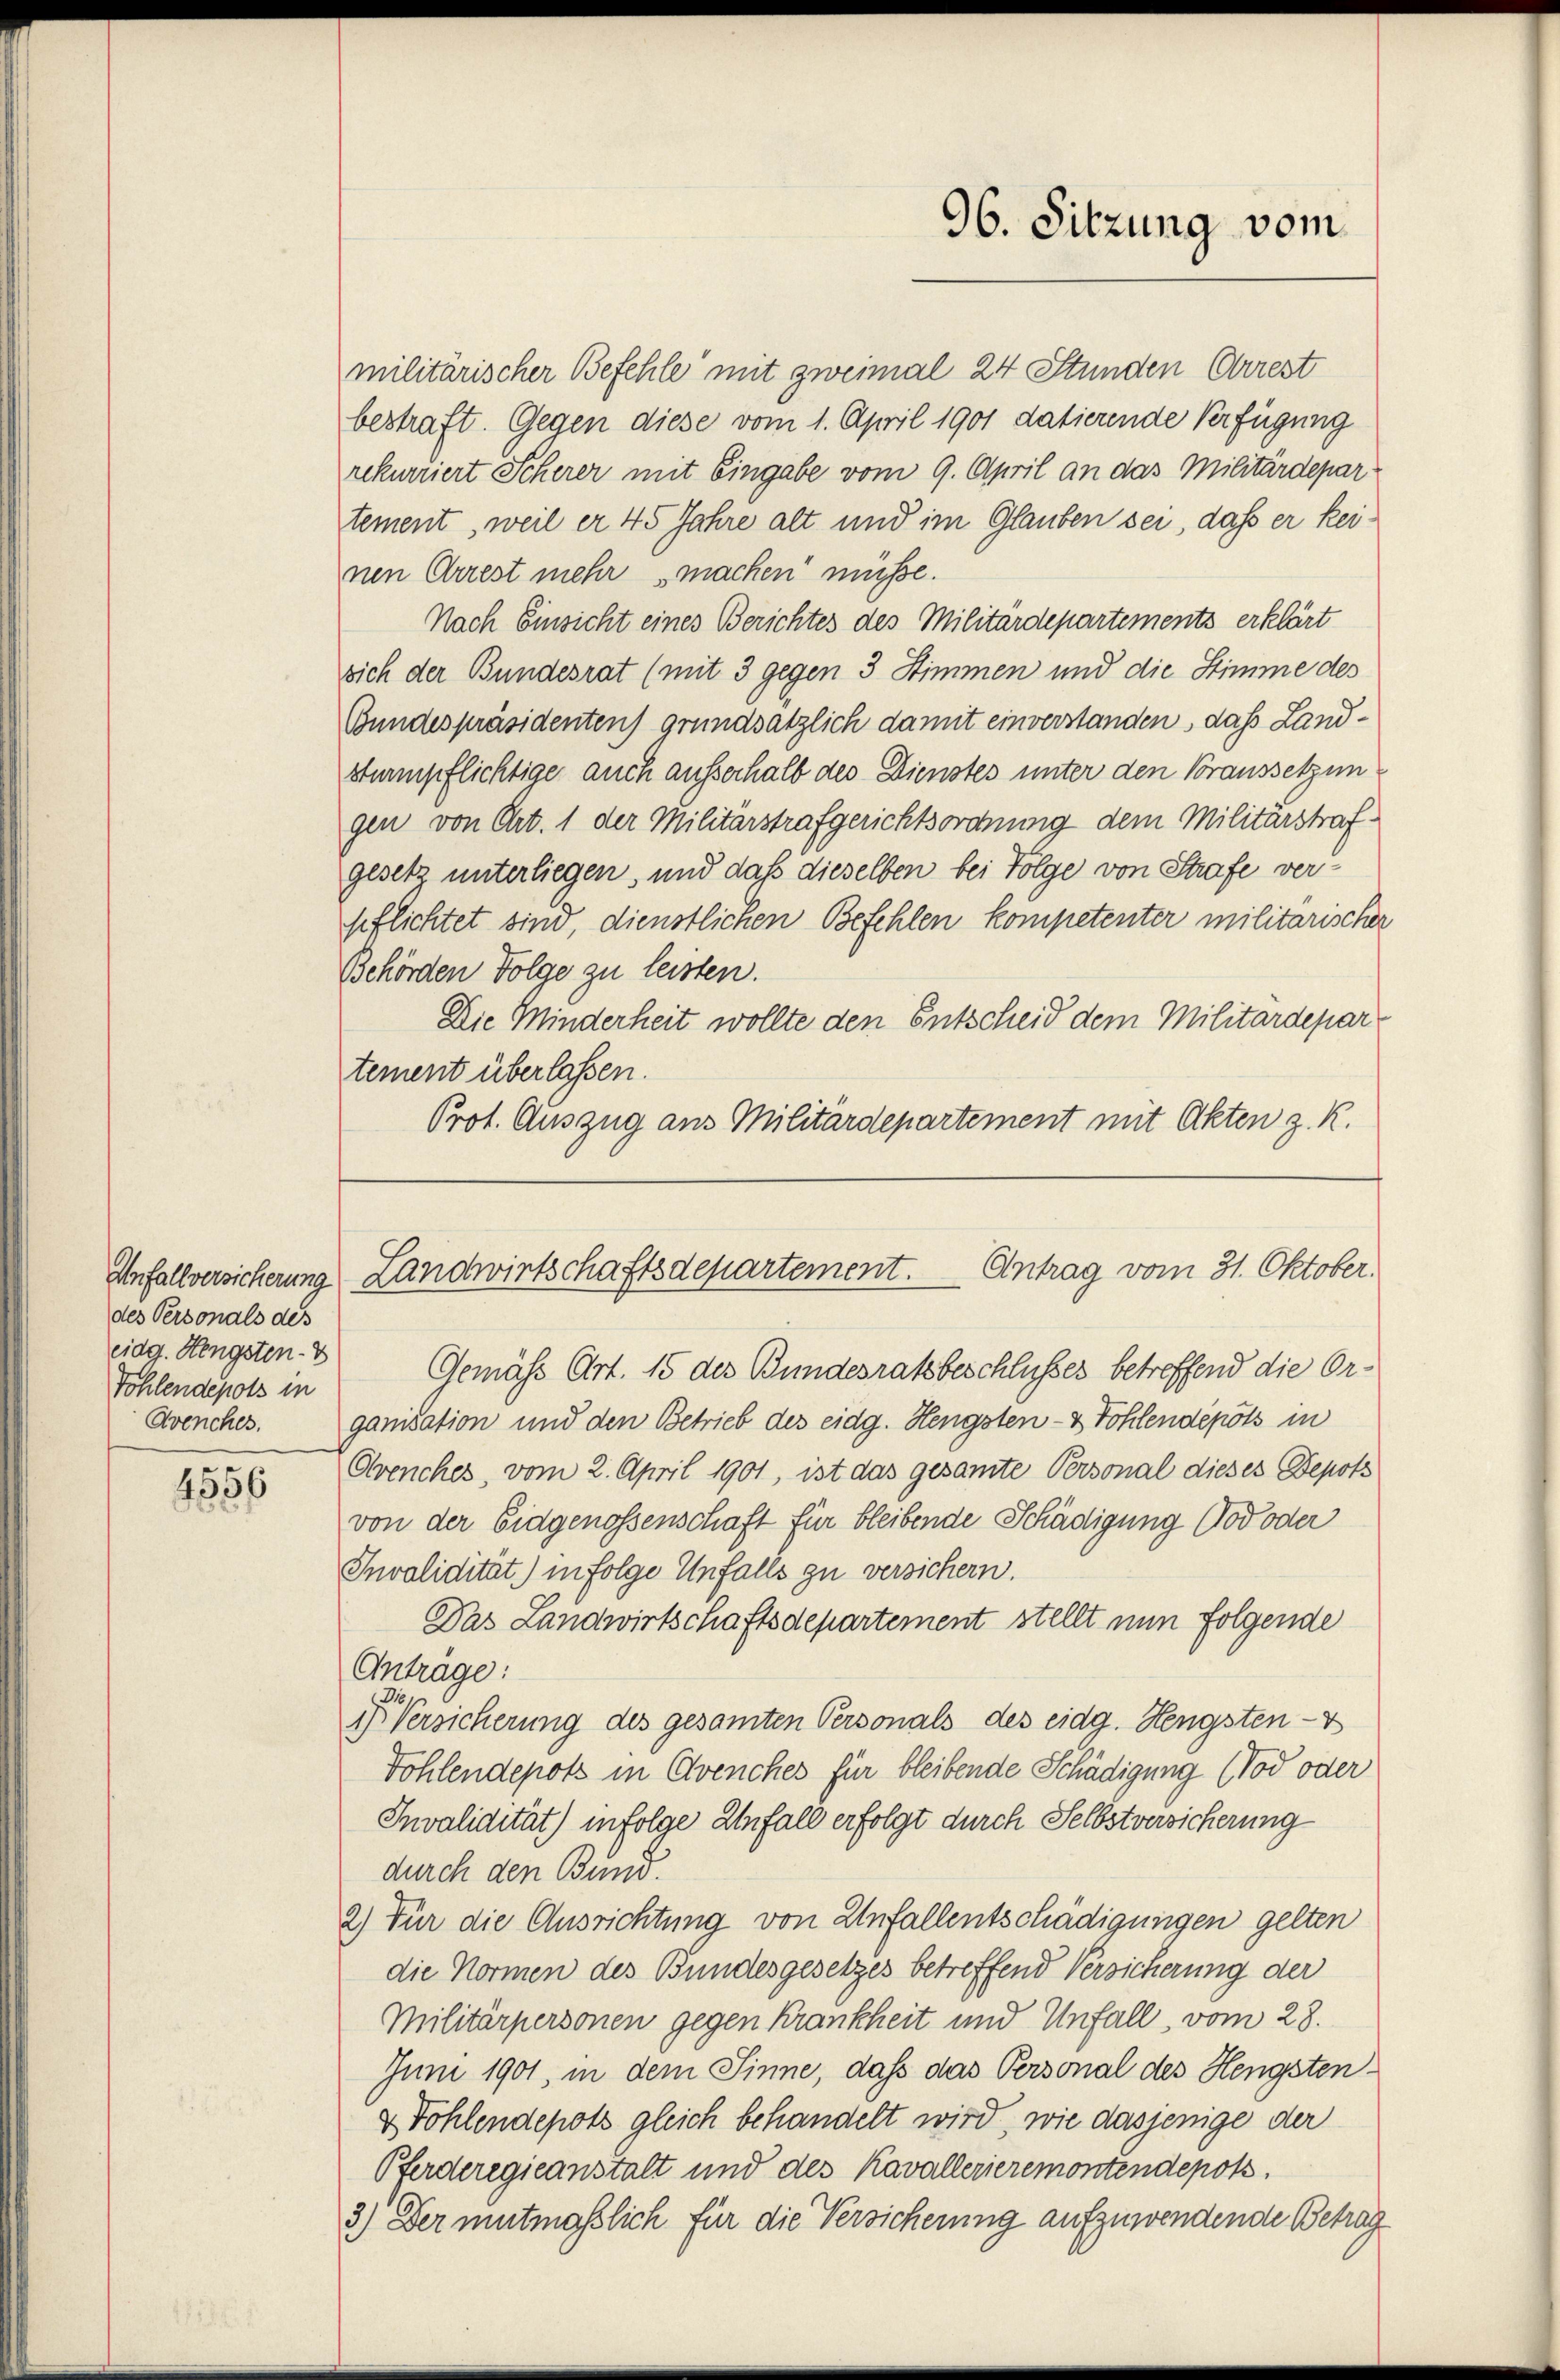
des Personals des
eidg. Hengsten V
Tohlendepots in
Avenches.

4556

militärischer Befehle mit zweimal 24 Stunden Arrest
bestraft. Gegen diese vom 1. April 1901 datierende Verfügung
rekurriert Scherer mit Eingabe vom 9. April an das Militärdepar
tement, weil er 45 Jahre alt und im Glauben sei, daß er keinen Arrest mehr machen müsse.
Nach Einsicht eines Berichtes des Militärdepartements erklärt
sich der Bundesrat (mit 3 gegen 3 Stimmen und die Stimme des
Bundespräsidenten) grundsätzlich damit einverstanden, das Landsturmpflichtige auch ausserhalb des Dienstes unter den Voraussetzun
gen von Art. 1 der Militärstrafgerichtsordnung dem Militärstrafgesetz unterliegen, und daß dieselben bei Folge von Strafe verpflichtet sind, dienstlichen Befehlen kompetenter militarischer
Behörden Folge zu leisten.
Die Minderheit wollte den Entscheid dem Militärdepartement überlassen.
Prot. Auszug aus Militärdepartement mit Akten z. R.

96. Sitzung vom

Anfallversicherung Landwirtschaftsdepartement. Antrag vom 31. Oktober.

Gemäss Art. 15 des Bundesratsbeschlusses betreffend die Organisation und den Betrieb des eidg. Hengsten- & Fohlendepots in
Ovenches, vom 2. April 1901, ist das gesamte Personal dieses Depots
von der Eidgenossenschaft für bleibende Schädigung (od oder
Invalidität) in Folge Unfalls zu versichern.
Das Landwirtschaftsdepartement stellt nun folgende
Anträge:
Di
i Versicherung des gesamten Personals des eidg. Hengsten-V
Fohlendepots in Clvenches für bleibende Schädigung (Tod oder
Invalidität) infolge Anfall erfolgt durch Selbstversicherung
durch den Bund.
2) Für die Ausrichtung von Unfallentschädigungen gelten
die Normen des Bundesgesetzes betreffend Versicherung der
Militärpersonen gegen Krankheit und Unfall, vom 28.
Juni 1901, in dem Sinne, daß das Personal des Hengsten
& Fohlendepots gleich behandelt wird, wie dasjenige der
Pferderegieanstalt und des Kavallerieremontendepots.
3.) Der mutmasslich für die Versicherung aufzuwendende Betrag